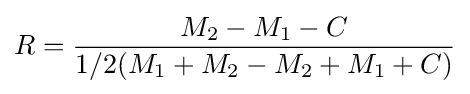
R={\frac {{M_{2}}-{M_{1}}-C}{{1/2}({M_{1}}+{M_{2}}-{M_{2}}+{M_{1}}+C)}}